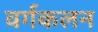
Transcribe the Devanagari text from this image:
वर्गकलन